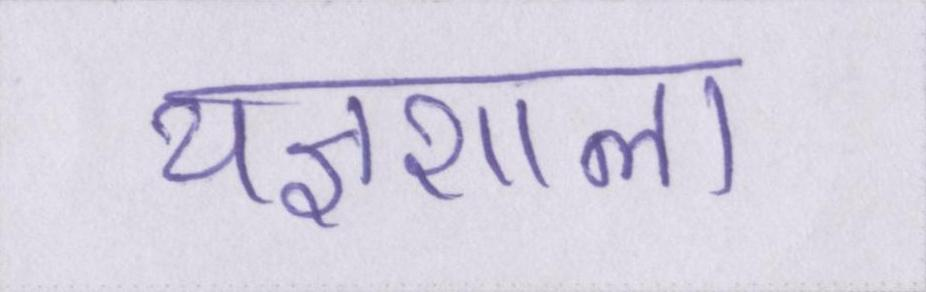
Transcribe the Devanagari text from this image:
यज्ञशाला